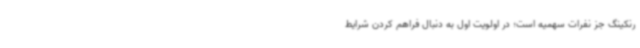
رنکینگ جز نفرات سهمیه است؛ در اولویت اول به دنبال فراهم کردن شرایط